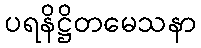
ပရနိဋ္ဌိတမေသနာ